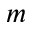
m